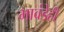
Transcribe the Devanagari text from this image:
भावंडेही